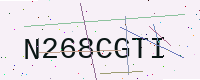
Text: N268CGTI